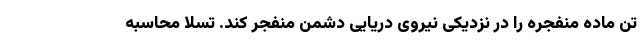
تن ماده منفجره را در نزدیکی نیروی دریایی دشمن منفجر کند. تسلا محاسبه